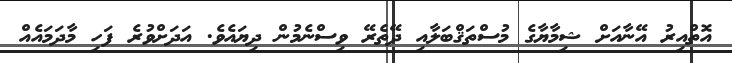
އޮތްއިރު އޭނާއަށް ޝިމާޔާގެ މުސްތަޤްބަލާއި ދޭތެރޭ ވިސްނެމުން ދިޔައެވެ. އަދަށްވުރެ ފަހި މާދަމައެއް